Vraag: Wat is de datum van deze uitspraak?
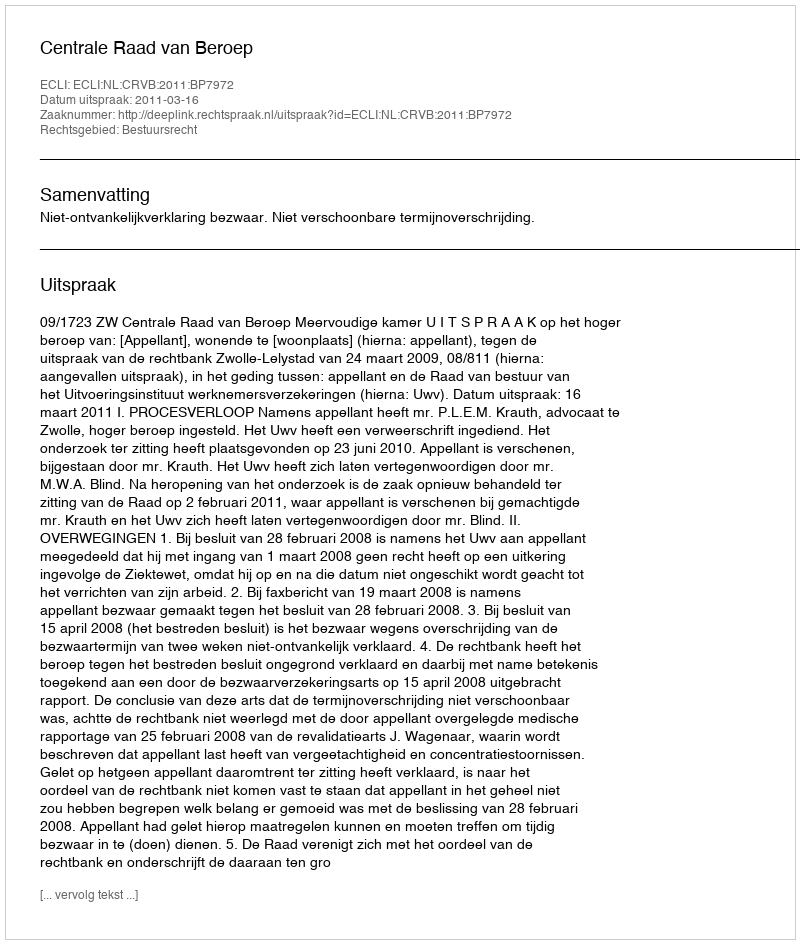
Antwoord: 2011-03-16